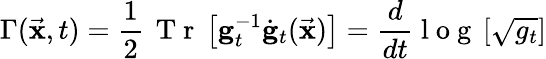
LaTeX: \Gamma(\vec{\mathbf x},t)=\frac{1}{2}\, \mathrm{~T~r~}\left[{\mathbf g}_{t}^{-1}\dot{\mathbf g}_{t}(\vec{\mathbf x})\right]=\frac{d}{dt}\mathrm{~l~o~g~}\left[\sqrt{g_{t}}\right]